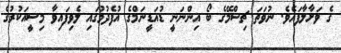
ގެ ވަށާލާފައެވެ. ނުވަތަ ޗިސްމޭގެ ބޯ އިންނަނީ ޑުއަޑީނަމްގެ އުފެދުމުގައި ލެވިފައިވާ މިސީއަކުރުގެ